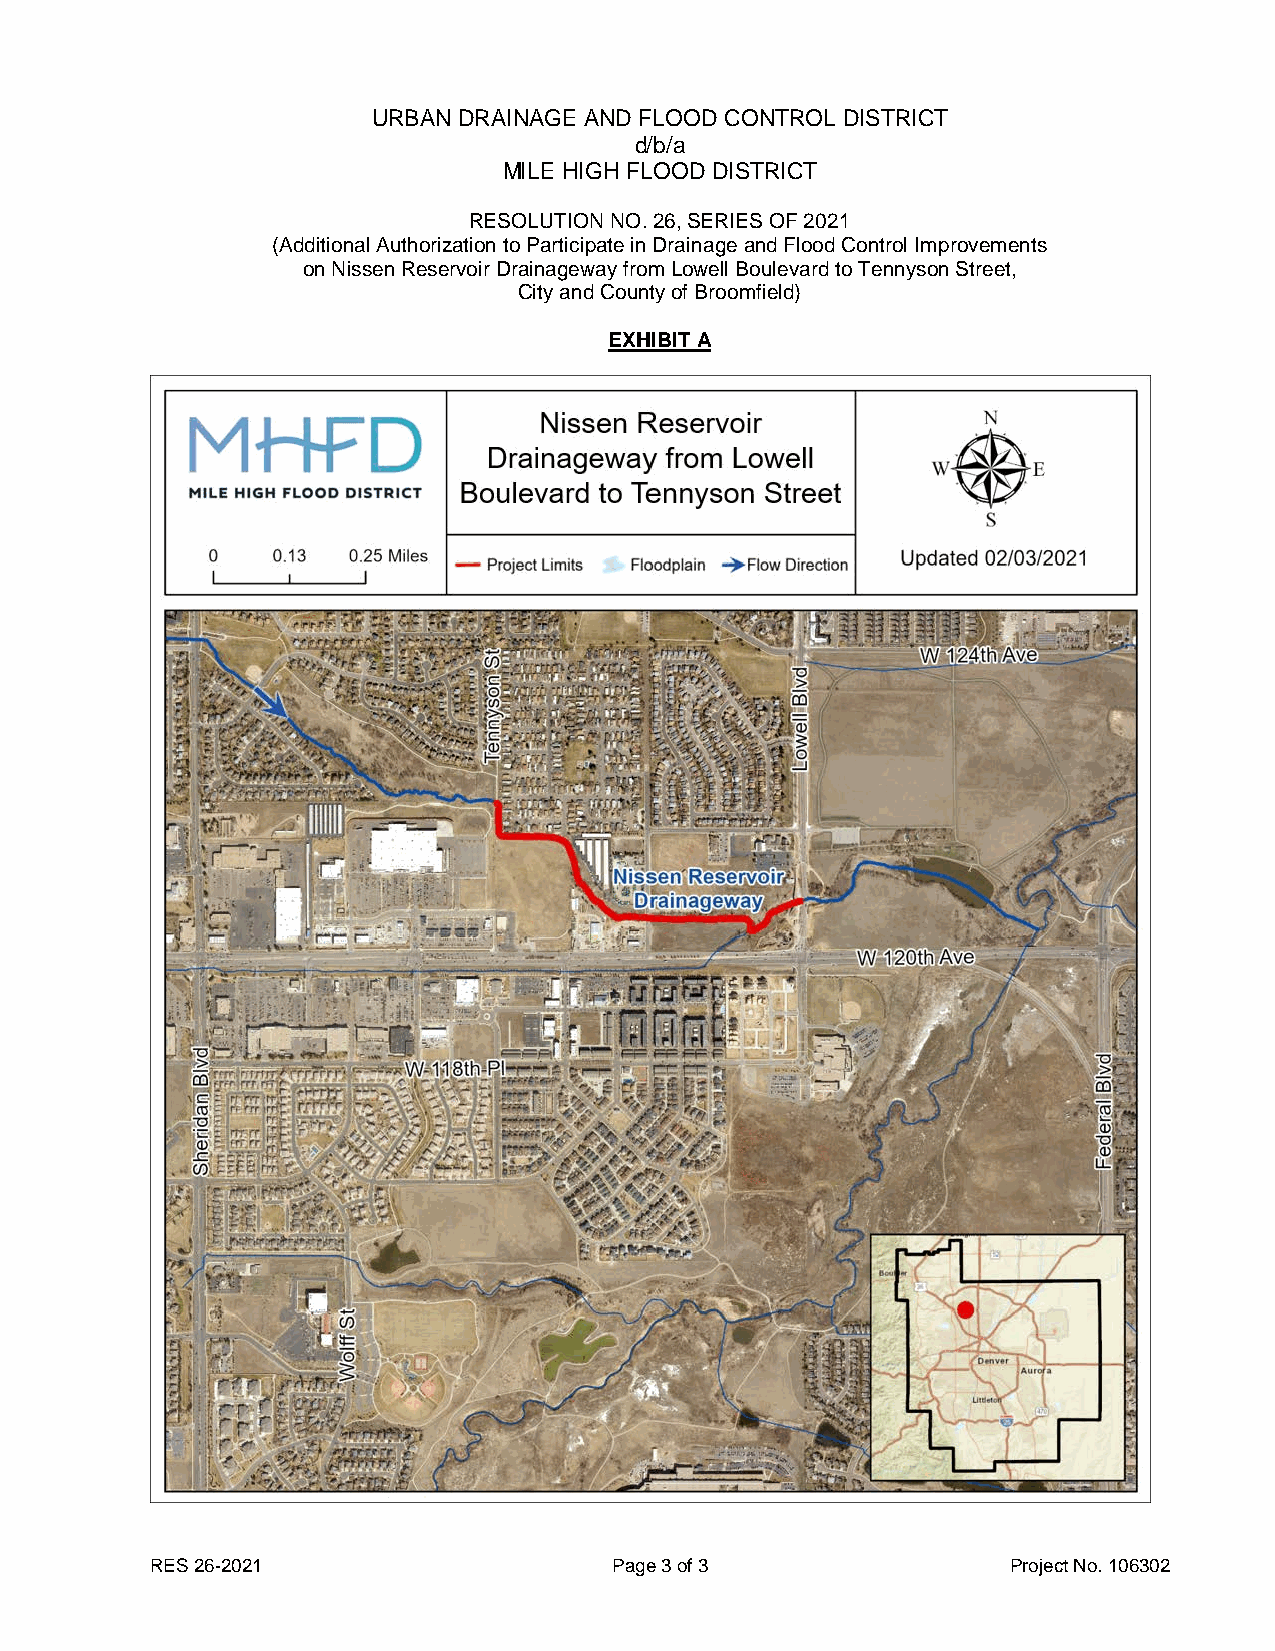
URBAN DRAINAGE AND FLOOD CONTROL DISTRICT
 d/b/a
 MILE HIGH FLOOD DISTRICT
 RESOLUTION NO. 26, SERIES OF 2021
 (Additional Authorization to Participate in Drainage and Flood Control Improvements
 on Nissen Reservoir Drainageway from Lowell Boulevard to Tennyson Street,
 City and County of Broomfield)
 EXHIBIT A
 RES 26-2021                    Page 3 of 3               Project No. 106302